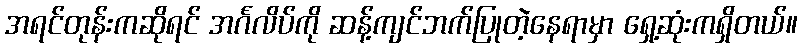
အရင်တုန်းကဆိုရင် အင်္ဂလိပ်ကို ဆန့်ကျင်ဘက်ပြုတဲ့နေရာမှာ ရှေ့ဆုံးကရှိတယ်။